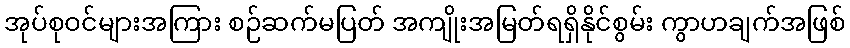
အုပ်စုဝင်များအကြား စဉ်ဆက်မပြတ် အကျိုးအမြတ်ရရှိနိုင်စွမ်း ကွာဟချက်အဖြစ်